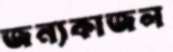
জন্যকাজল